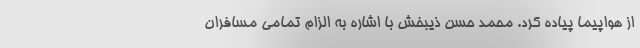
از هواپیما پیاده کرد. محمد حسن ذیبخش با اشاره به الزام تمامی مسافران